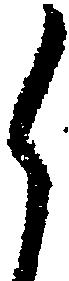
候